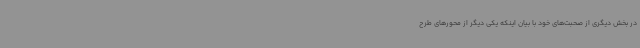
در بخش دیگری از صحبت‌های خود با بیان اینکه یکی دیگر از محورهای طرح